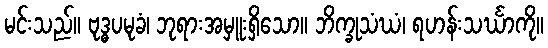
မင်းသည်။ ဗုဒ္ဓပမုခံ၊ ဘုရားအမှူးရှိသော။ ဘိက္ခုသံဃံ၊ ရဟန်းသင်္ဃာကို။